Sketch of the medical history of the native army of Bombay, for the year
Year: 1876
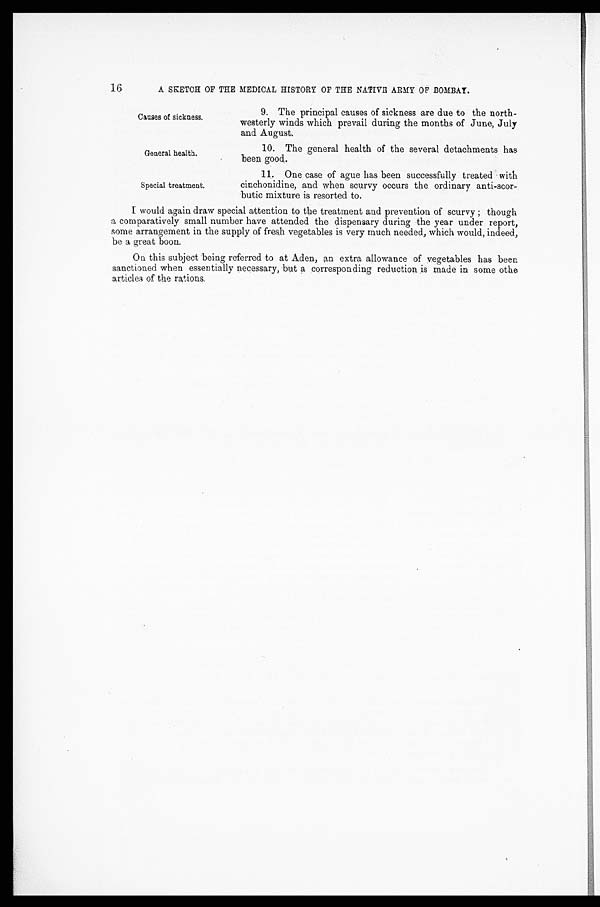
Causes of sickness.
General health.
Special treatment.
16
A SKETCH OF THE MEDICAL HISTORY OF THE NATIVE ARMY OF BOMBAY.
9. The principal causes of sickness are due to the north
-westerly winds which prevail during the months of June, July
and August.
10. The general health of the several detachments has
been good.
11. One case of ague has been successfully treated with
cinchonidine, and when scurvy occurs the ordinary anti-scor
- b u t i c m i x t u r e i s r e s o r t e d t o .
I would again draw special attention to the treatment and prevention of scurvy ; though
a comparatively small number have attended the dispensary during the year under report,
some arrangement in the supply of fresh vegetables is very much needed., which would, indeed,
be a great boon.
On this subject being referred to at Aden, an extra allowance of vegetables has been
sanctioned when essentially necessary, but a corresponding reduction is made in some othe
articles of the rations.